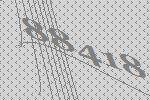
88418